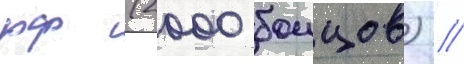
рф (2000 боицов) //